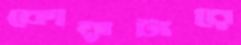
কোয়াটারে